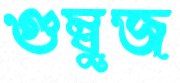
গুম্বুজ